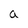
Character: a